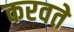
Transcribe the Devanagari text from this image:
करवते